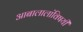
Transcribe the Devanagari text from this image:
आबालालांविषयी